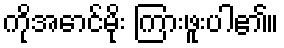
ကိုအောင်မိုး ကြားဖူးပါ၏။